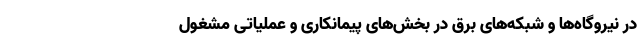
در نیروگاه‌ها و‌ شبکه‌های برق در‌ بخش‌های پیمانکاری و عملیاتی مشغول